Civil Veterinary Department. Central Provinces & Berar 1932-41 - 1932-1941
Year: 1932
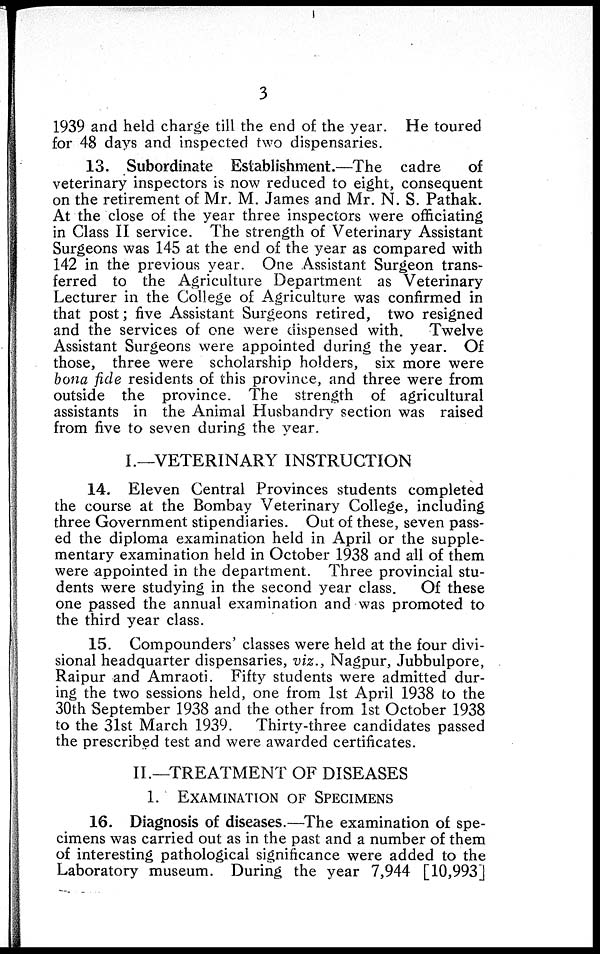
3
1939 and held charge till the end of the year. He toured
for 48 days and inspected two dispensaries.
13. Subordinate Establishment.—The cadre
of
veterinary inspectors is now reduced to eight, consequent
on the retirement of Mr. M. James and Mr. N. S. Pathak.
At the close of the year three inspectors were officiating
in Class II service. The strength of Veterinary Assistant
Surgeons was 145 at the end of the year as compared with
142 in the previous year. One Assistant Surgeon trans-
ferred to the Agriculture Department as Veterinary
Lecturer in the College of Agriculture was confirmed in
that post; five Assistant Surgeons retired, two resigned
and the services of one were dispensed with.
Twelve
Assistant Surgeons were appointed during the year. Of
those, three were scholarship holders, six more were
bona fide residents of this province, and three were from
outside the province. The strength of agricultural
assistants in the Animal Husbandry section was raised
from five to seven during the year.
I.—VETERINARY INSTRUCTION
14. Eleven Central Provinces students completed
the course at the Bombay Veterinary College, including
three Government stipendiaries. Out of these, seven pass-
ed the diploma examination held in April or the supple-
mentary examination held in October 1938 and all of them
were appointed in the department. Three provincial stu-
dents were studying in the second year class. Of these
one passed the annual examination and was promoted to
the third year class.
15. Compounders' classes were held at the four divi-
sional headquarter dispensaries, viz., Nagpur, Jubbulpore,
Raipur and Amraoti. Fifty students were admitted dur-
ing the two sessions held, one from 1st April 1938 to the
30th September 1938 and the other from 1st October 1938
to the 31st March 1939. Thirty-three candidates passed
the prescribed test and were awarded certificates.
II.—TREATMENT OF DISEASES
1. EXAMINATION OF SPECIMENS
16. Diagnosis of diseases.—The examination of spe-
cimens was carried out as in the past and a number of them
of interesting pathological significance were added to the
Laboratory museum. During the year 7,944 [10,993]